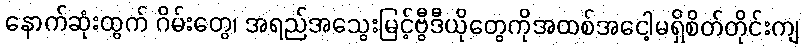
နောက်ဆုံးထွက် ဂိမ်းတွေ၊ အရည်အသွေးမြင့်ဗွီဒီယိုတွေကိုအထစ်အငေါ့မရှိစိတ်တိုင်းကျ